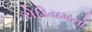
રોડિયમનો